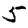
Digit: 5